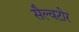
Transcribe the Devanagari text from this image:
सैल्वटोर